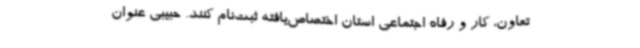
تعاون، کار و رفاه اجتماعی استان اختصاص‌یافته ثبت‌نام کنند. حبیبی عنوان